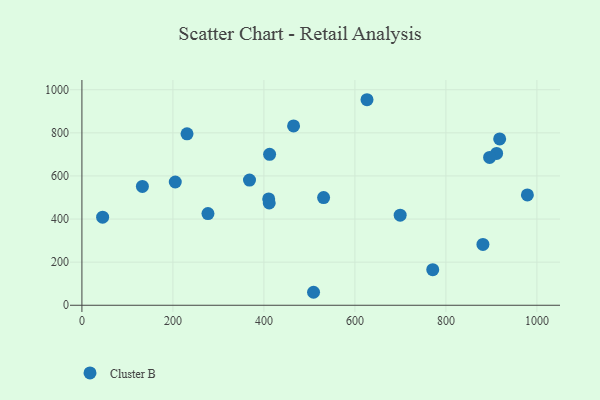
{"axis": {"x": "Investment", "y": "Fuel Efficiency"}, "legend": ["Cluster B"], "data": [{"x": "531.2", "y": 499.8, "type": "Cluster B"}, {"x": "132.9", "y": 551.6, "type": "Cluster B"}, {"x": "410.5", "y": 493.5, "type": "Cluster B"}, {"x": "509.1", "y": 60.2, "type": "Cluster B"}, {"x": "277.0", "y": 425.3, "type": "Cluster B"}, {"x": "918.2", "y": 771.7, "type": "Cluster B"}, {"x": "205.2", "y": 571.9, "type": "Cluster B"}, {"x": "626.6", "y": 953.7, "type": "Cluster B"}, {"x": "699.5", "y": 418.2, "type": "Cluster B"}, {"x": "465.2", "y": 832.3, "type": "Cluster B"}, {"x": "412.5", "y": 700.5, "type": "Cluster B"}, {"x": "45.5", "y": 408.9, "type": "Cluster B"}, {"x": "881.4", "y": 282.2, "type": "Cluster B"}, {"x": "231.0", "y": 795.6, "type": "Cluster B"}, {"x": "771.1", "y": 164.9, "type": "Cluster B"}, {"x": "911.5", "y": 704.6, "type": "Cluster B"}, {"x": "896.1", "y": 686.1, "type": "Cluster B"}, {"x": "368.3", "y": 581.0, "type": "Cluster B"}, {"x": "411.7", "y": 475.0, "type": "Cluster B"}, {"x": "979.1", "y": 511.8, "type": "Cluster B"}]}